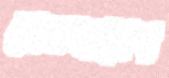
মেমসাহেব